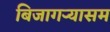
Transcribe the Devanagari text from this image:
बिजागऱ्यासम